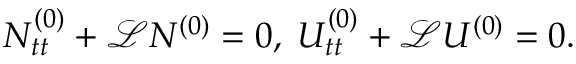
N _ { t t } ^ { ( 0 ) } + \mathscr { L } N ^ { ( 0 ) } = 0 , \; U _ { t t } ^ { ( 0 ) } + \mathscr { L } U ^ { ( 0 ) } = 0 .